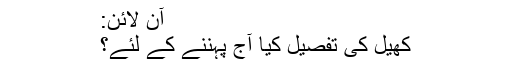
آن لائن:
کھیل کی تفصیل کیا آج پہننے کے لئے؟